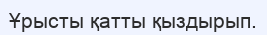
Ұрысты қатты қыздырып.